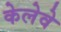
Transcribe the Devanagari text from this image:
केलेवे